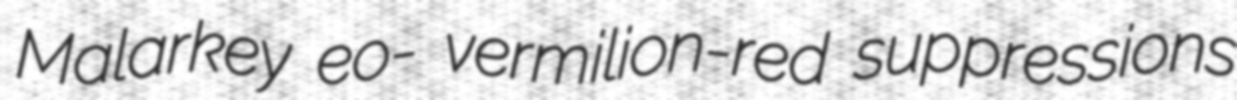
Malarkey eo- vermilion-red suppressions